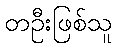
တဦးဖြစ်သူ